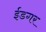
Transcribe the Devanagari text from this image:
ईडगर